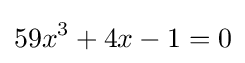
59x^{3}+4x-1=0